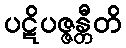
ပဋိပဇ္ဇန္တီတိ